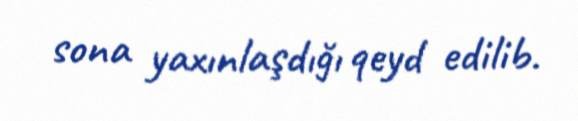
sona yaxınlaşdığı qeyd edilib.